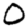
Digit: 0